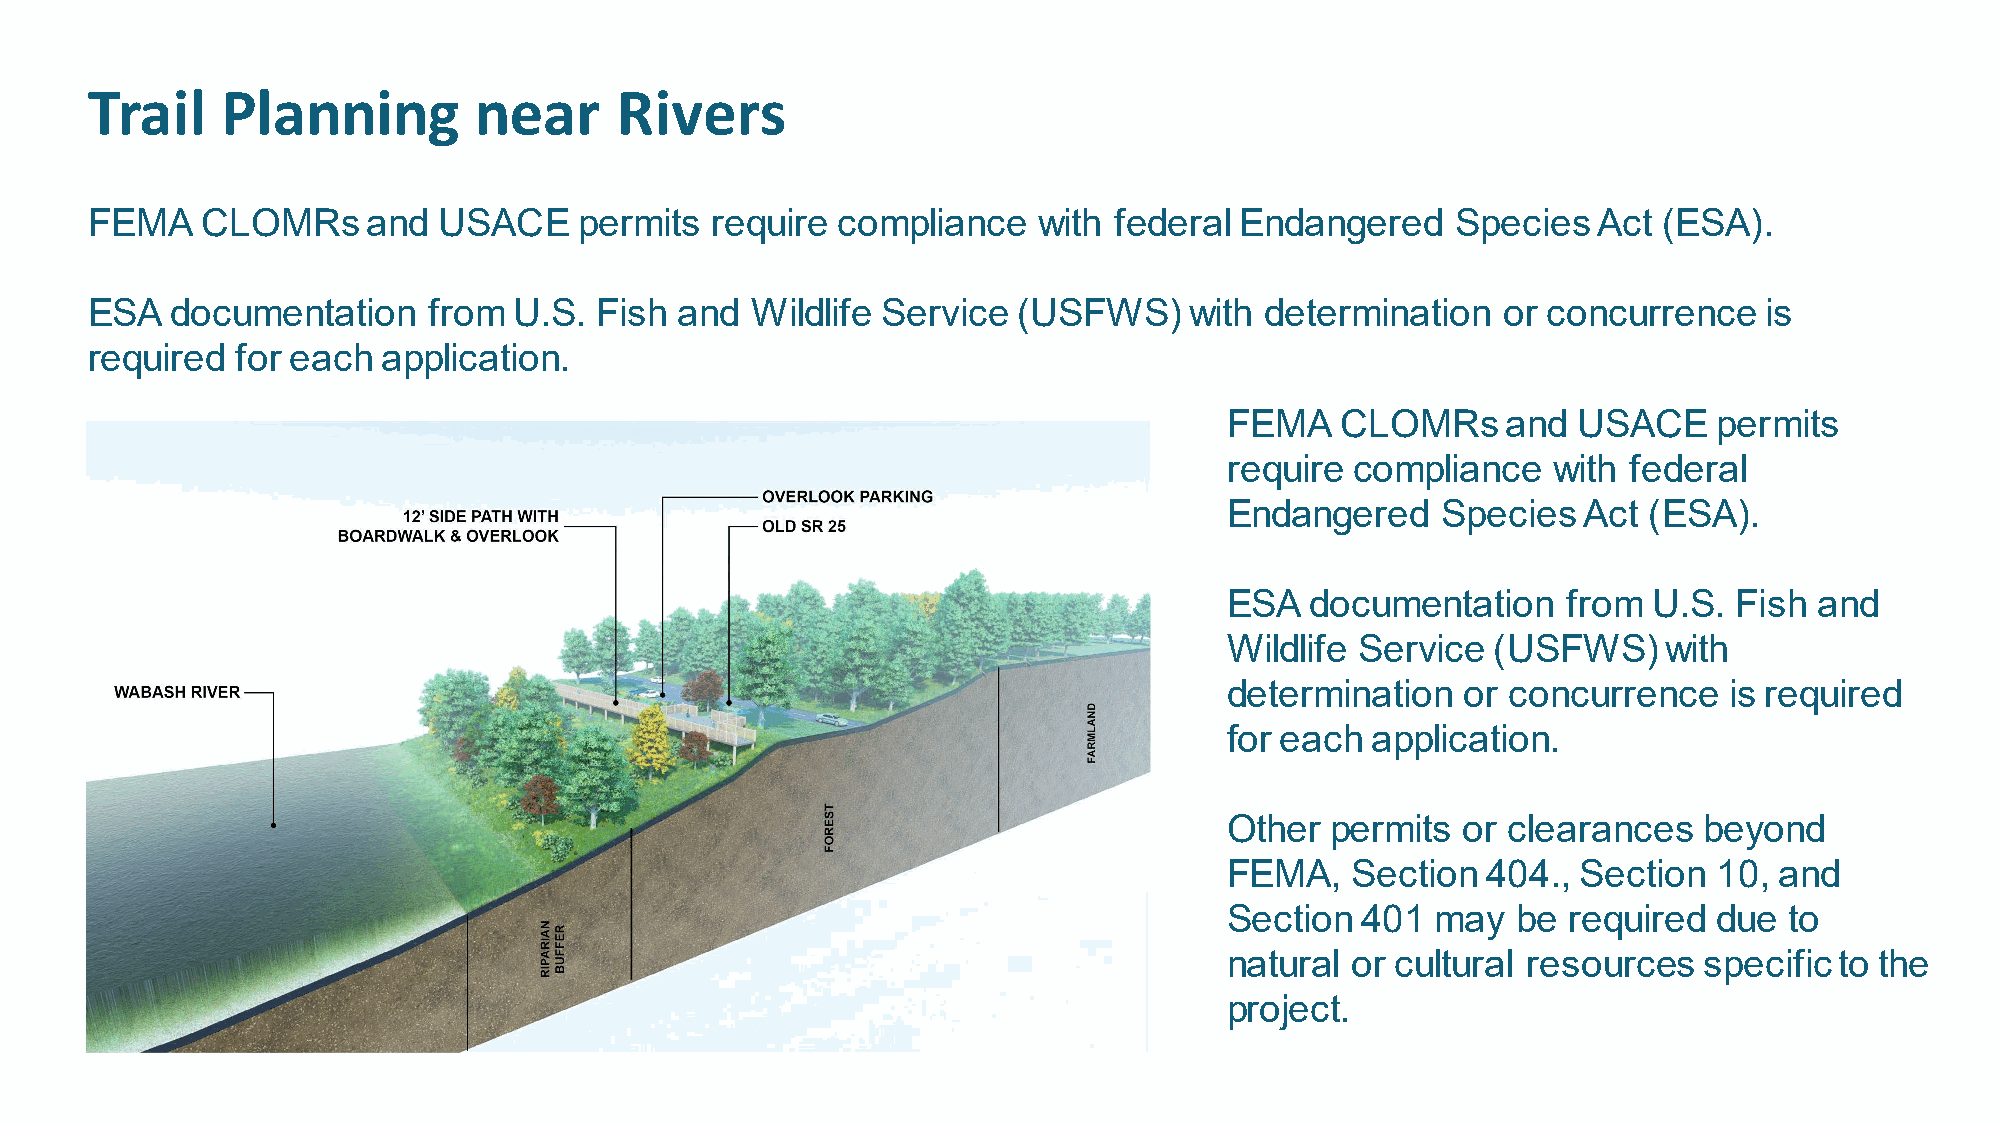
Trail    Planning        near      Rivers
 FEMA   CLOMRs     and  USACE    permits  require compliance    with federal Endangered    Species   Act (ESA).
 ESA  documentation    from  U.S. Fish  and  Wildlife Service (USFWS)     with determination  or concurrence    is
 required  for each application.
 FEMA    CLOMRs     and USACE     permits
 require  compliance   with federal
 Endangered    Species   Act (ESA).
 ESA   documentation    from U.S.  Fish and
 Wildlife Service  (USFWS)    with
 determination   or concurrence   is required
 for each  application.
 Other  permits  or clearances   beyond
 FEMA,   Section  404.,  Section  10, and
 Section  401  may  be  required  due to
 natural or cultural resources   specific to the
 project.